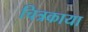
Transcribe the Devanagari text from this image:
चित्रकाया